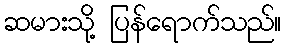
ဆမားသို့ ပြန်ရောက်သည်။